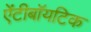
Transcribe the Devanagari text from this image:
ऐंटीबॉयटिक